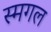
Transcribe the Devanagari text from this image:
स्मगल